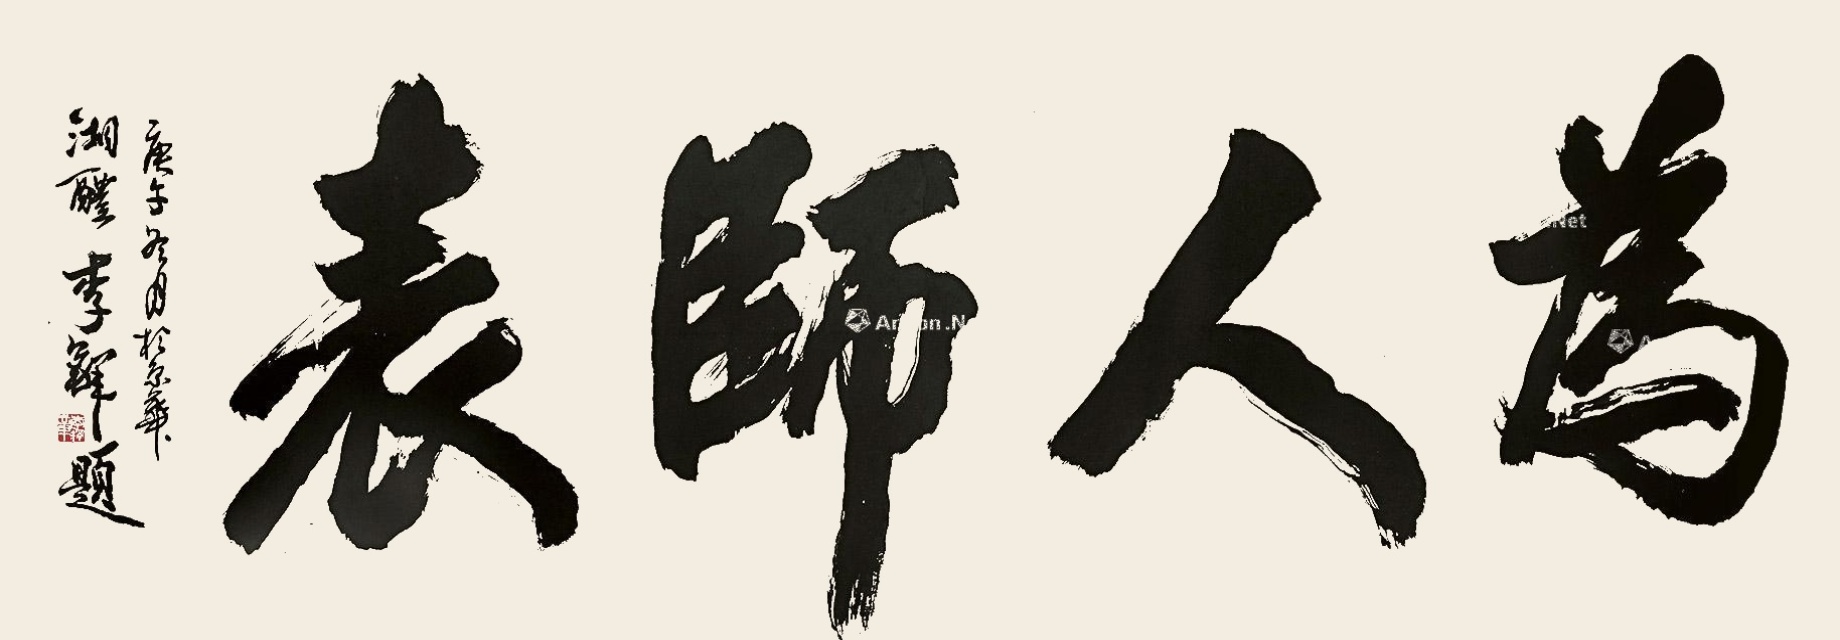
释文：为人师表庚午冬月于京华湘醴李铎题